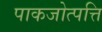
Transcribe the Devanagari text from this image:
पाकजोत्पत्ति